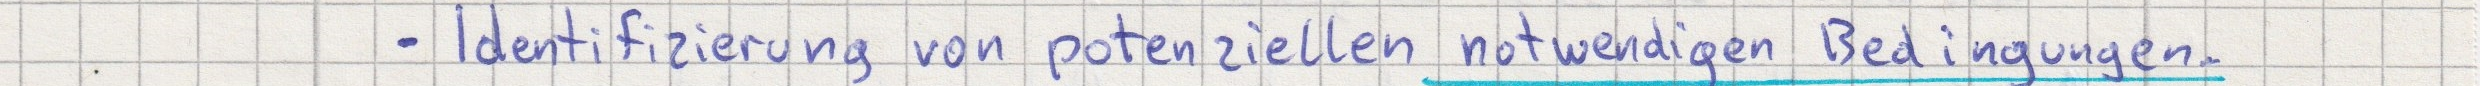
- Identifizierung von potenziellen notwendigen Bedingungen.